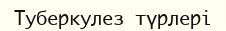
Туберкулез түрлері